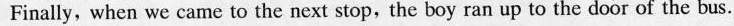
Finally, when we came to the next stop,the boy ran up to the door of the bus.